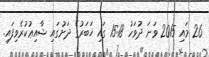
26 މައި 2015 ވަނަ ދުވަހު 15:18 ގައި ޚަބަރުގެ ދަށުގައި ޝާއިޢުކުރެވިފައި.